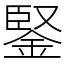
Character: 鋻